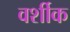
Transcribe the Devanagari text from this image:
वर्शीक